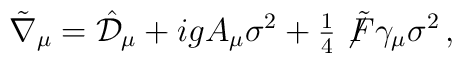
\tilde{\nabla}_{\mu}= \hat{\mathcal{D}}_{\mu} +ig A_{\mu}\sigma^{2}+{\textstyle\frac{1}{4}}\not\!\tilde{F}\gamma_{\mu}\sigma^{2}\, ,